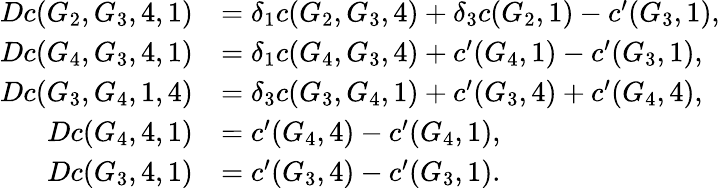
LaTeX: \begin{array}{rl}{Dc(G_{2},G_{3},4,1)}&{=\delta_{1}c(G_{2},G_{3},4)+\delta_{3}c(G_{2},1)-c^{\prime}(G_{3},1),}\\ {Dc(G_{4},G_{3},4,1)}&{=\delta_{1}c(G_{4},G_{3},4)+c^{\prime}(G_{4},1)-c^{\prime}(G_{3},1),}\\ {Dc(G_{3},G_{4},1,4)}&{=\delta_{3}c(G_{3},G_{4},1)+c^{\prime}(G_{3},4)+c^{\prime}(G_{4},4),}\\ {Dc(G_{4},4,1)}&{=c^{\prime}(G_{4},4)-c^{\prime}(G_{4},1),}\\ {Dc(G_{3},4,1)}&{=c^{\prime}(G_{3},4)-c^{\prime}(G_{3},1).}\end{array}